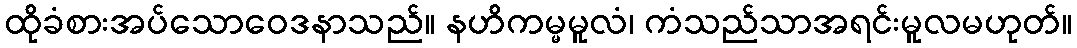
ထိုခံစားအပ်သောဝေဒနာသည်။ နဟိကမ္မမူလံ၊ ကံသည်သာအရင်းမူလမဟုတ်။